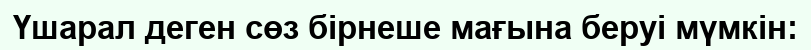
Үшарал деген сөз бірнеше мағына беруі мүмкін: